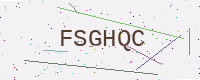
Text: FSGHQC